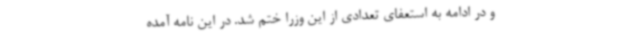
و در ادامه به استعفای تعدادی از این وزرا ختم شد. در این نامه آمده